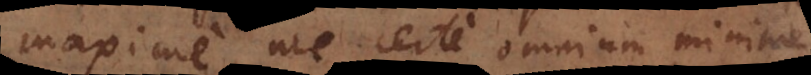
maxime, me certe omnium minime